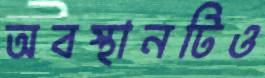
অবস্থানটিও